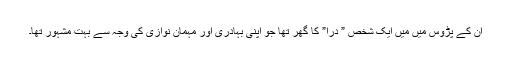
ان کے پڑوس میں میں ایک شخص ” دراؔؔ” کا گھر تھا جو اپنی بہادری اور مہمان نوازی کی وجہ سے بہت مشہور تھا۔